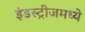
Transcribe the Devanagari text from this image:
इंडस्ट्रीजमध्ये